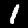
Label: 1